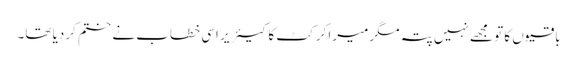
باقیوں کا تو مجھے نہیں پتہ مگر میرا کرکٹ کا کیئر یر اسی خطاب نے ختم کردیا تھا۔